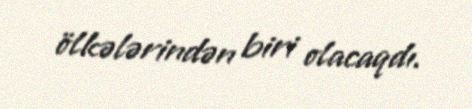
ölkələrindən biri olacaqdı.